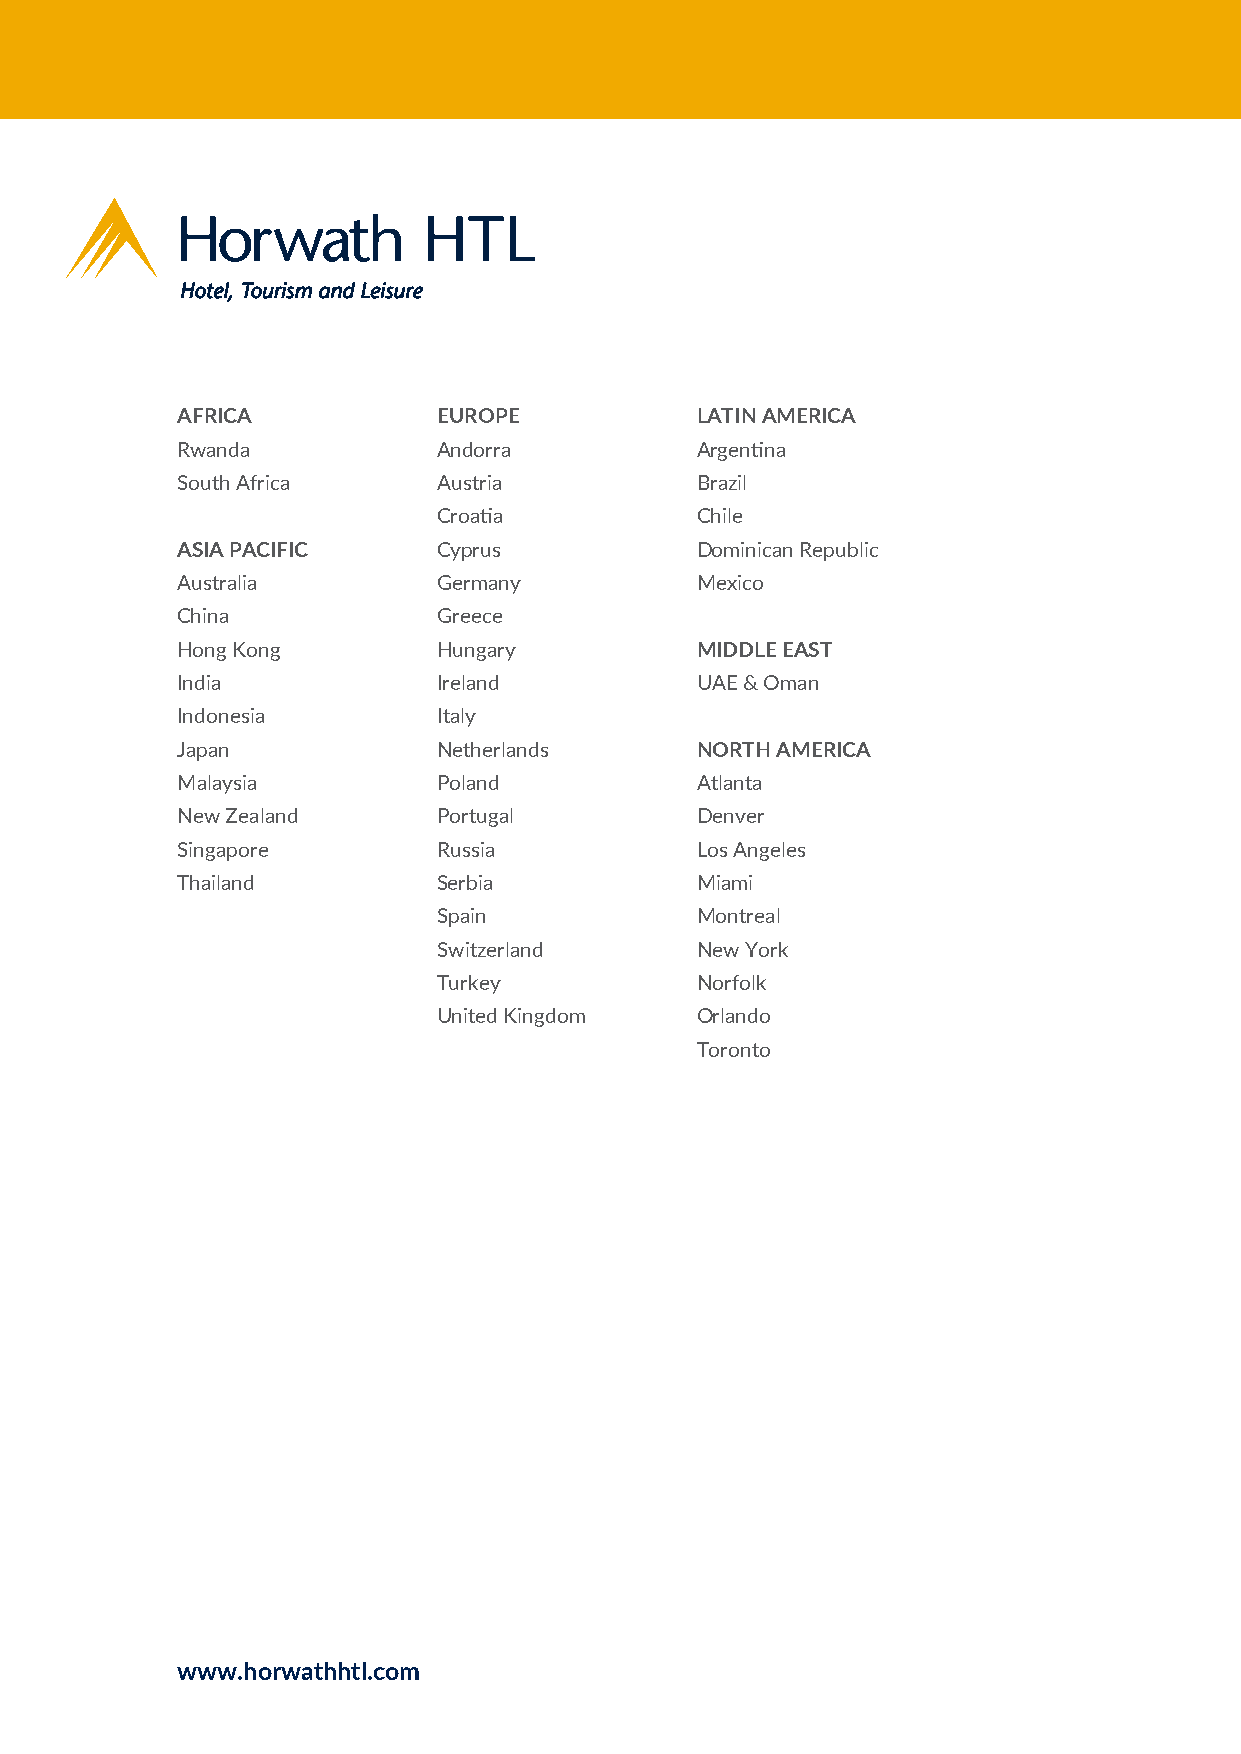
AFRICA           EUROPE           LATIN AMERICA
 Rwanda           Andorra          Argentina
 South Africa     Austria          Brazil
 Croatia          Chile
 ASIA PACIFIC     Cyprus           Dominican Republic
 Australia        Germany          Mexico
 China            Greece
 Hong Kong        Hungary          MIDDLE EAST
 India            Ireland          UAE & Oman
 Indonesia        Italy
 Japan            Netherlands      NORTH AMERICA
 Malaysia         Poland           Atlanta
 New Zealand      Portugal         Denver
 Singapore        Russia           Los Angeles
 Thailand         Serbia           Miami
 Spain            Montreal
 Switzerland      New York
 Turkey           Norfolk
 United Kingdom   Orlando
 Toronto
 www.horwathhtl.com